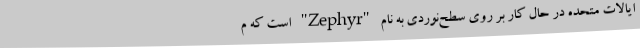
ایالات متحده در حال کار بر روی سطح‌نوردی به نام "Zephyr" است که م